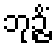
ဘုဉ္ဇိံ